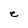
Character: e